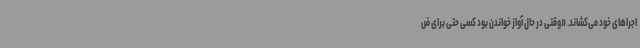
اجراهای خود می‌کشاند. «وقتی در حال آواز خواندن بود کسی حتی برای ض